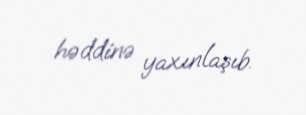
həddinə yaxınlaşıb.